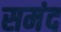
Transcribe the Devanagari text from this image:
समंद